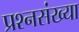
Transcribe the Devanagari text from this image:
प्रश्नसंख्या